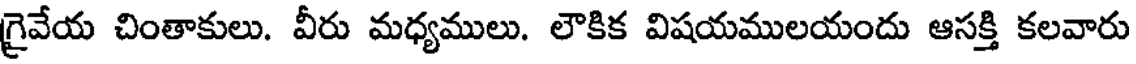
గ్రైవేయ చింతాకులు. వీరు మధ్యములు. లౌకిక విషయములయందు ఆసక్తి కలవారు